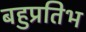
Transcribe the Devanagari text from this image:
बहुप्रतिभ